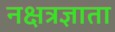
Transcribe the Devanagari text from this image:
नक्षत्रज्ञाता